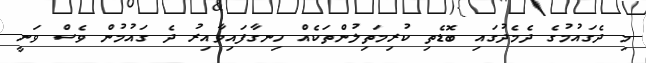
މި ދެގައުމުގެ ދެމެދުގައި ބޮޑެތި ކުރިމަތިލުންތަކެއް ހިނގާފައިވާއިރު ދެ ގައުމުން ވެސް ވަނީ